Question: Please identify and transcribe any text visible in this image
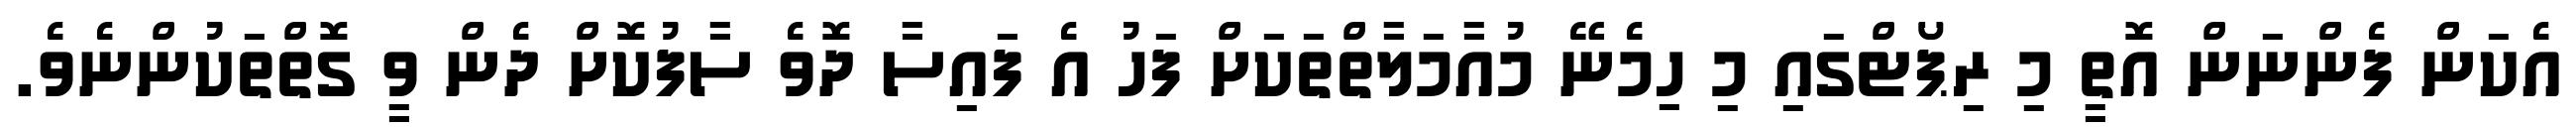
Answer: އެކަން ފެންނަން އޮތީ މި ރިޕޯޓްގައި މި ހިމެނޭ މުއާމަލާތްތަކަށް ފަހު އެ ފައިސާ ދޮވެ ސާފުކޮށް ދެން ވީ ގޮތްތަކުންނެވެ.